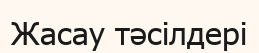
Жасау тәсілдері